Indian Medical Review
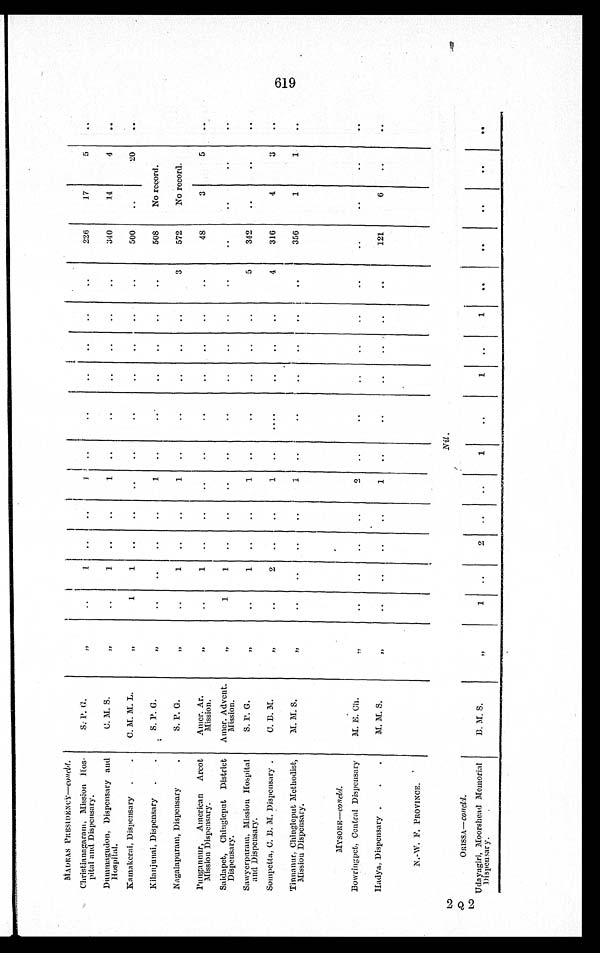
MADRAS PRESIDENCY—c o n c l d
.
Christianagaram, Mission Hos-
pital and Dispensary.
S. P. G.
, ,
1
1
226
17
5
Dummagudon, Dispensary and
Hospital.
C. M. S.
, ,
1
1
340
14
4
Kamakerai, Dispensary C. M. M. L.
, ,
1
1
500
20
Kilanjunai, Dispensary
S. P. G.
, ,
1
508
No record.
Nagalapuram, Dispensary
S. P. G.
, ,
1
1
3
572
No record.
Pungannur, American Arcot
Mission Dispensary.
Amer. Ar.
Mission.
, ,
1
48
3
5
Saidapet, Chiagleput District
Dispensary.
Amer. Advent.
Mission.
, ,
1
1
Sawyerpuram, Mission Hospital
and Dispensary.
S. P. G.
,,
1
1
5
342
Sompetta, C. B. M. Dispensary.
C. B. M.
,,
2
1
4
316
4
3
Tinnanur, Chingleput Methodist,
Mission Dispensary.
M. M. S.
, ,
1
356
1
1
MYSOERE—c o c l d
.
Bowringpet, Central Dispensary
M. E. Ch.
, ,
2
Hadya, Dispensary
M. M. S.
, ,
1
121
6
N.-W. F. PROVINCE.
2
N i l .
0
ORISSA— concld.
2
Udayagiri, Moorshead Memorial
Dispensary.
B. M. S.
, ,
1
2
1
1
1